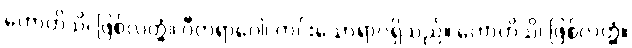
ဟောဟိသိ၊ ဖြစ်လတ္တံ့။ ဝီတရာဂေါ၊ ကင်းသောရာဂရှိသည်။ ဟောဟိသိ၊ ဖြစ်လတ္တံ့။